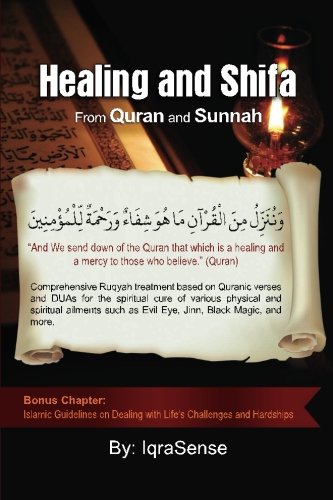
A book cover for Healing and Shifa from Quran and Sunnah: Spiritual Cures for Physical and Spiritual Conditions based on Islamic Guidelines; IqraSense; Religion & Spirituality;